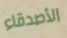
الأصدقاء